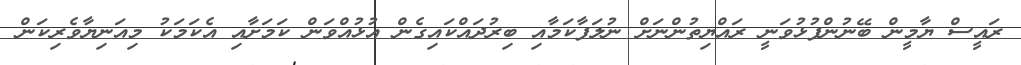
ރައީސް ޔާމީން ބޭނުންފުޅުވަނީ ރައްޔިތުންނަށް ނުލަފާކަމާއި ބިރުދައްކައިގެން އުޅުއްވަން ކަމަށާއި އެކަމަކު މިއަނިޔާވެރިކަން